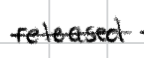
Text: released
Cross-out: single-line
Writing tool: digital_black